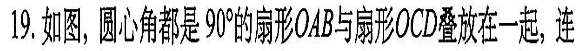
19.如图，圆心角都是90°的扇形OAB与扇形OCD叠放在一起，连